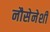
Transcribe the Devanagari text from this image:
नौसेनेशी